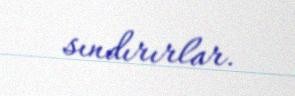
sındırırlar.